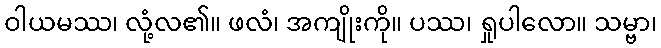
ဝါယမဿ၊ လုံ့လ၏။ ဖလံ၊ အကျိုးကို။ ပဿ၊ ရှုပါလော။ သမ္ဗာ၊